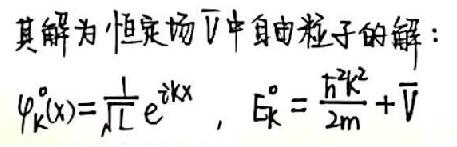
其解为恒定场$\overline{V}$中自由粒子的解：
$\psi_{\mathbf{k}}^{\circ}(\mathbf{x})=\frac{1}{\sqrt{L}} e^{i \mathbf{k} \mathbf{x}}, E_{\mathbf{k}}^{\circ}=\frac{\hbar^{2} k^{2}}{2 m}+\overline{V}$